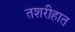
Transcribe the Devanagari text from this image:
तशरीहात